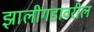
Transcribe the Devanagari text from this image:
झालीगडावरील